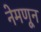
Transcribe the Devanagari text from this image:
नेमणून